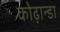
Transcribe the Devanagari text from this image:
कोढ़ान्‍डा